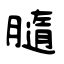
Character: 膸